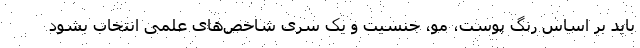
باید بر اساس رنگ پوست، مو، جنسیت و یک سری شاخص‌های علمی انتخاب بشود